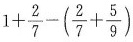
$$1 + \frac { 2 } { 7 } -（ \frac { 2 } { 7 } + \frac { 5 } { 9 } ）$$